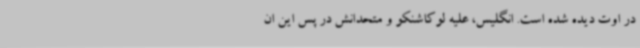
در اوت دیده شده است. انگلیس، علیه لوکاشنکو و متحدانش در پس این ان